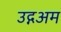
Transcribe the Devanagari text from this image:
उद्गअम